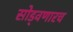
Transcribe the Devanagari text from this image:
सोड्वणारच